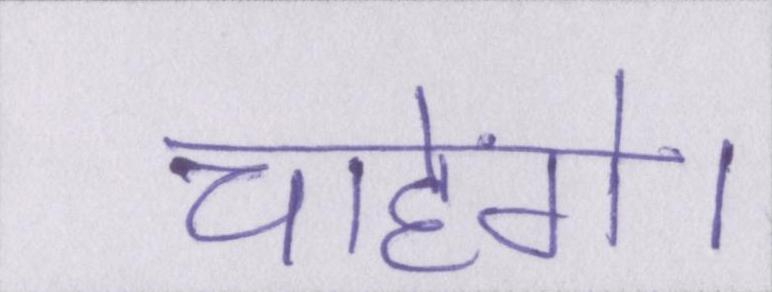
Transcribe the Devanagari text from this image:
चाहेंगे।